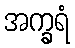
အက္ခရံ